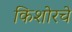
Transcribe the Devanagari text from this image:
किशोरचे